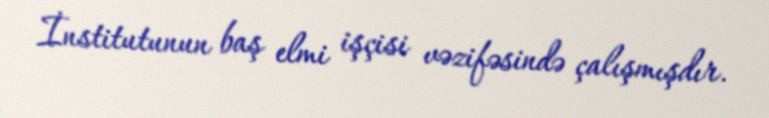
İnstitutunun baş elmi işçisi vəzifəsində çalışmışdır.